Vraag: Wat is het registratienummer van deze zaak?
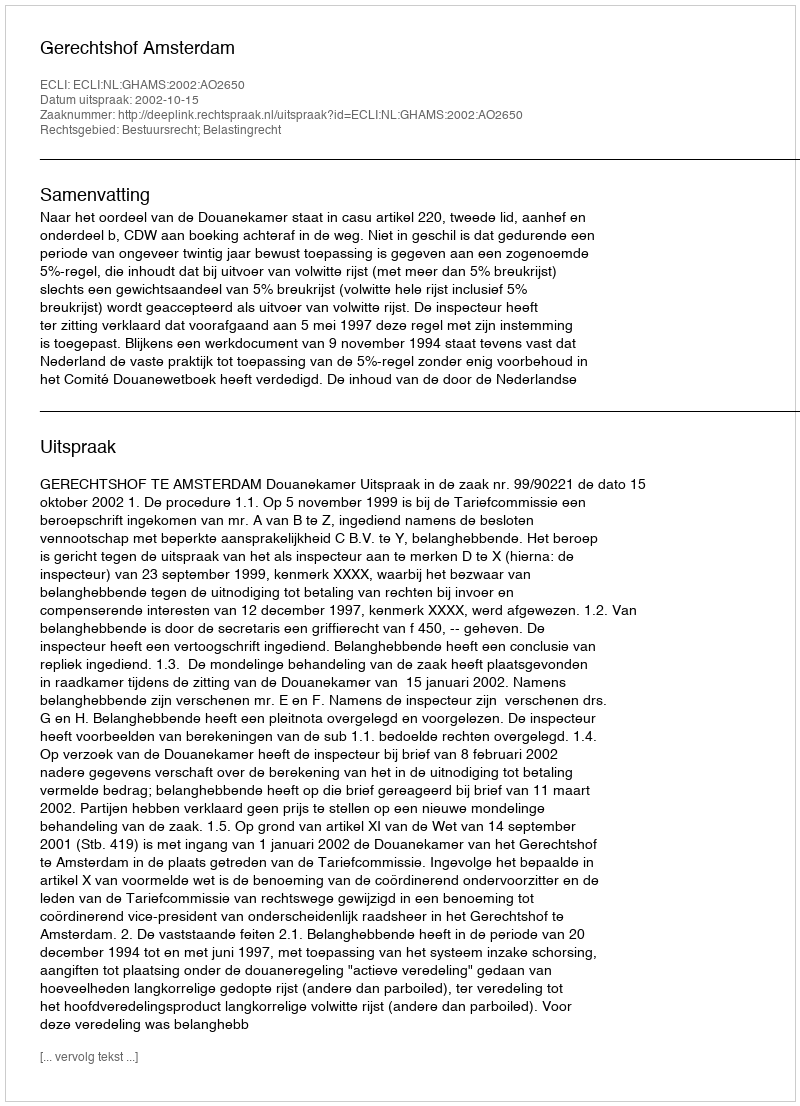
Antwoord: http://deeplink.rechtspraak.nl/uitspraak?id=ECLI:NL:GHAMS:2002:AO2650